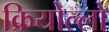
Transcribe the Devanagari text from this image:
क्रियोल्लो